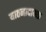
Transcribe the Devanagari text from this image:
यातनादायक